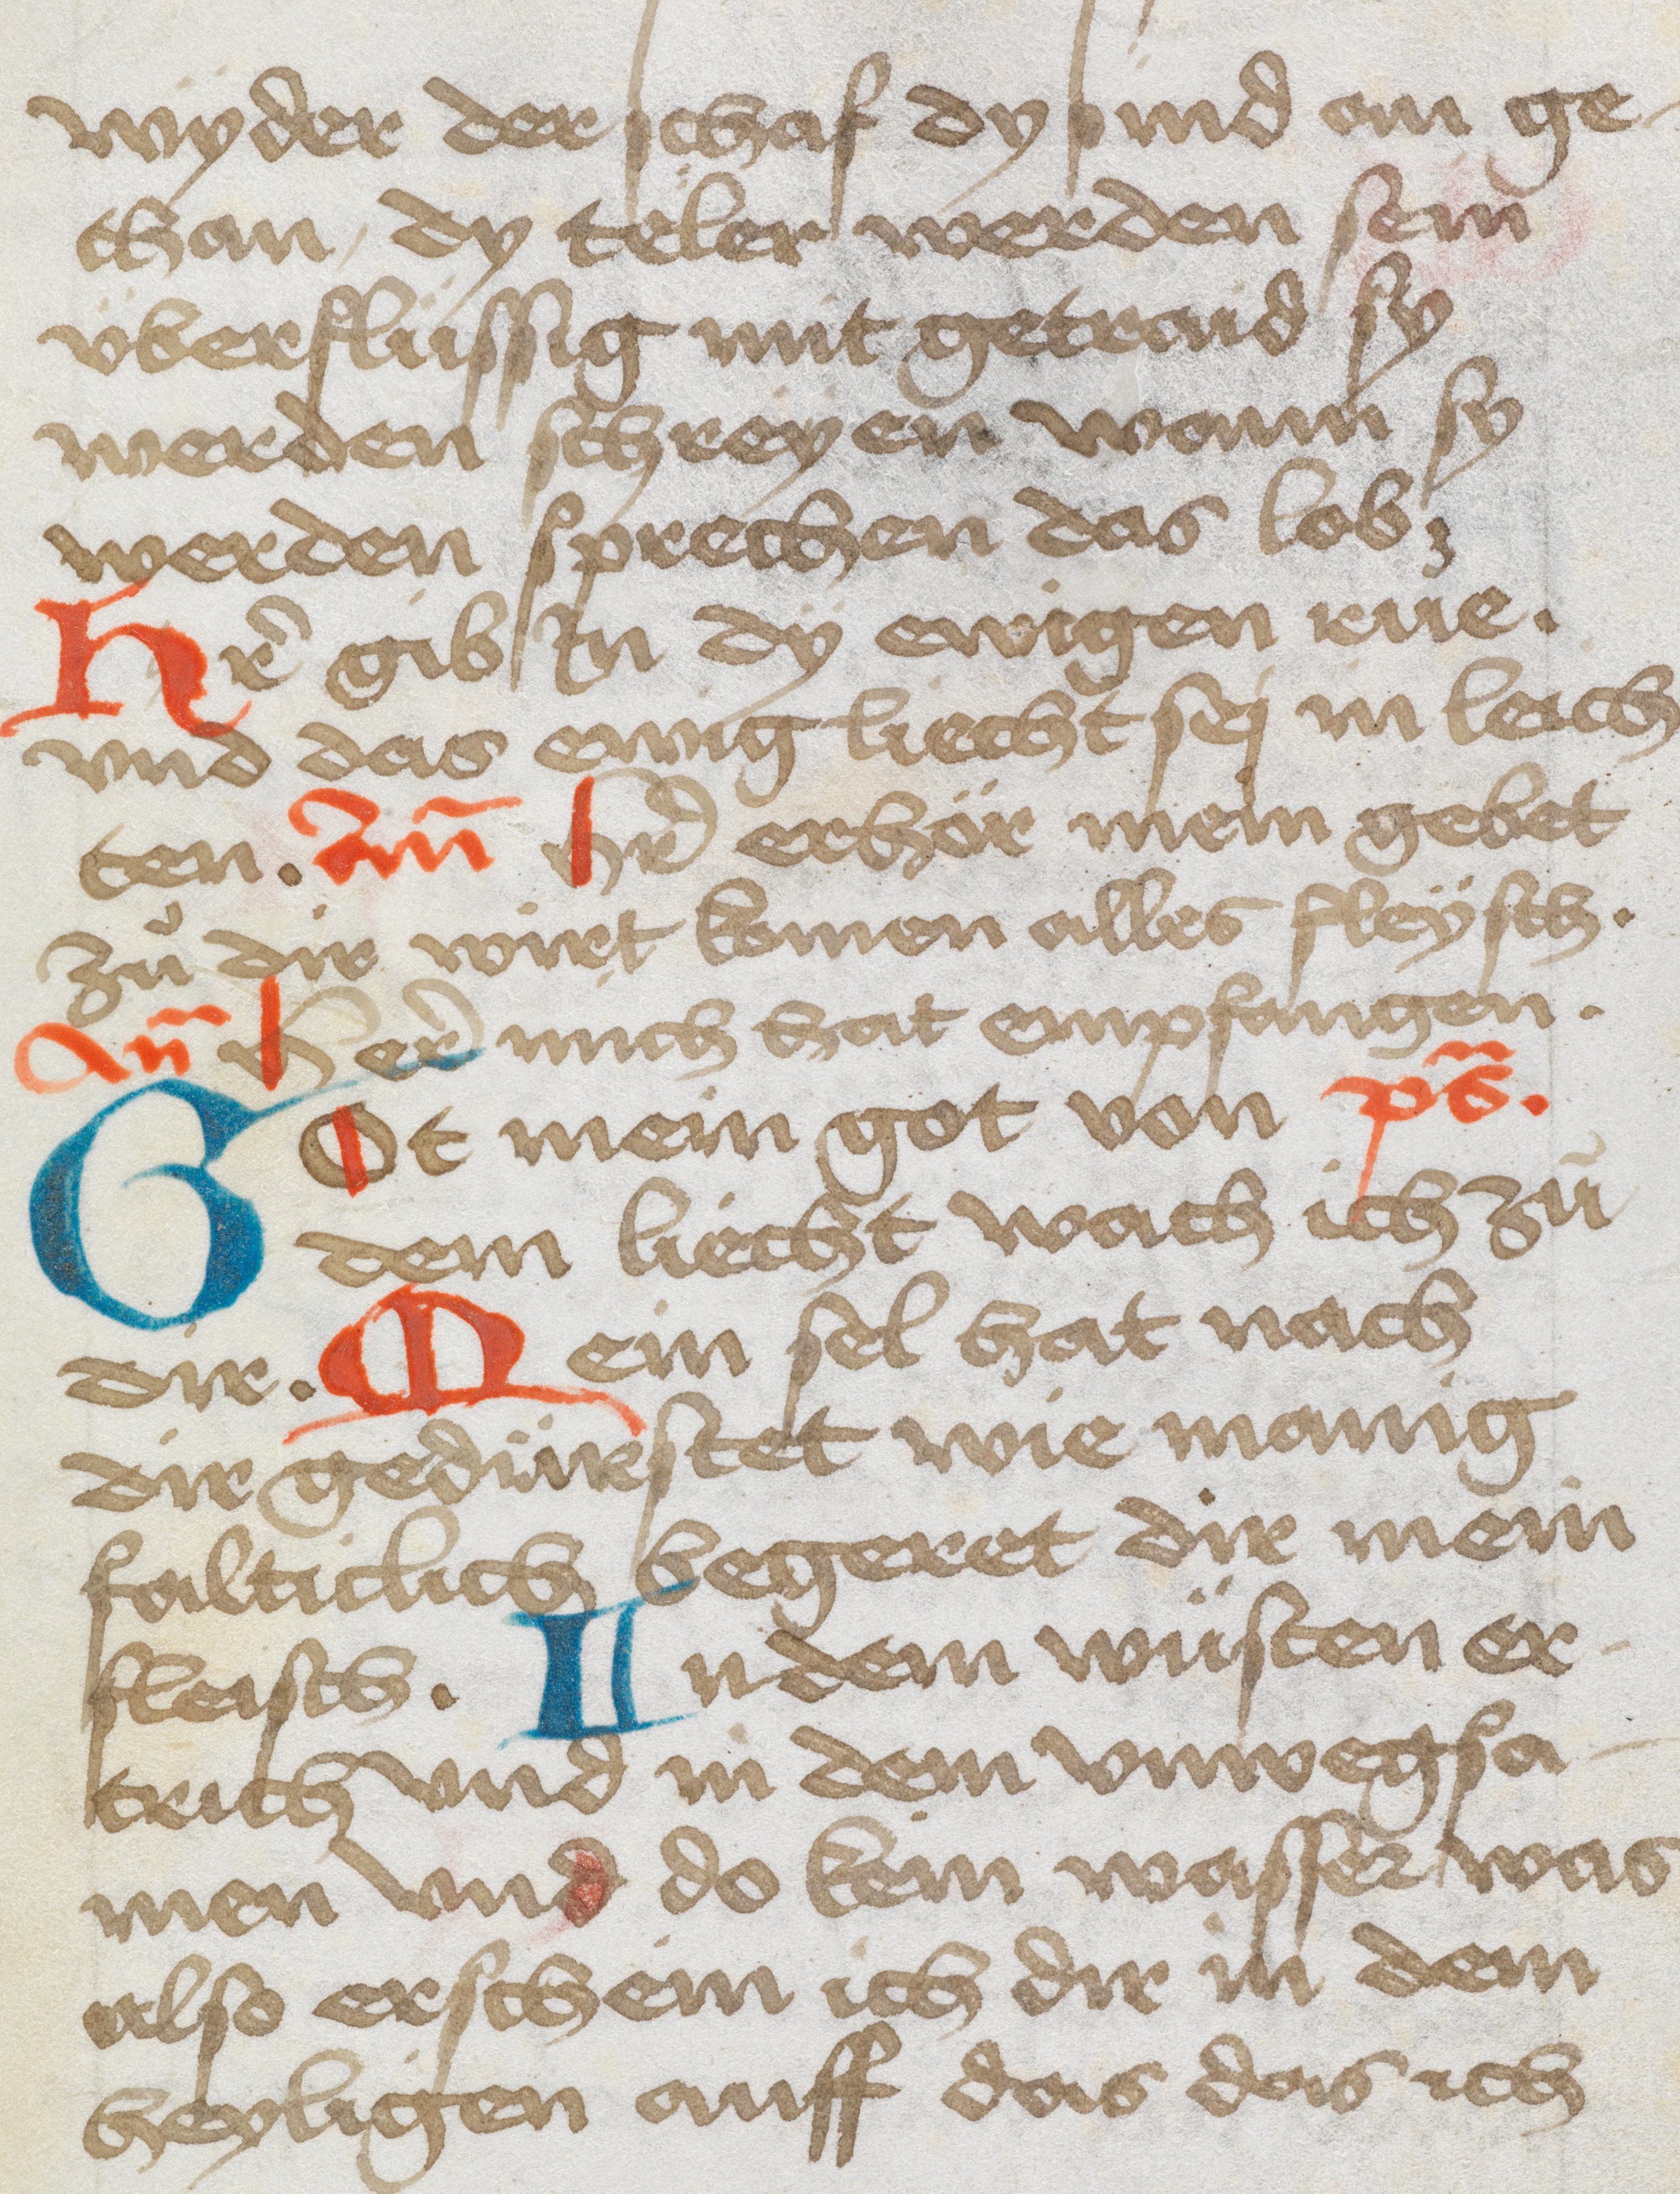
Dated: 1475–1524